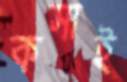
কসাই